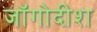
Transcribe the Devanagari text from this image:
जॉगोदीश